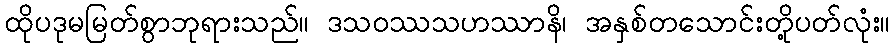
ထိုပဒုမမြတ်စွာဘုရားသည်။ ဒသဝဿသဟဿာနိ၊ အနှစ်တသောင်းတို့ပတ်လုံး။